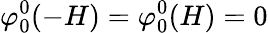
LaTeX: \varphi_{0}^{0}(-H)=\varphi_{0}^{0}(H)=0